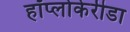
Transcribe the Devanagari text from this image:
हॉप्लोकेरीडा